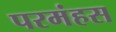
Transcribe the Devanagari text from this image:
परमंहस